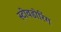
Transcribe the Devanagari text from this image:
स्टीवडोरिंग